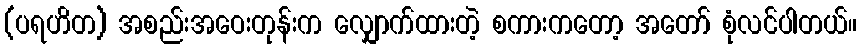
(ပရဟိတ) အစည်းအဝေးတုန်းက လျှောက်ထားတဲ့ စကားကတော့ အတော် စုံလင်ပါတယ်။